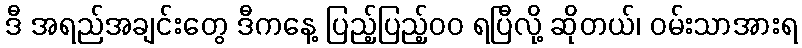
ဒီ အရည်အချင်းတွေ ဒီကနေ့ ပြည့်ပြည့်၀၀ ရပြီလို့ ဆိုတယ်၊ ဝမ်းသာအားရ